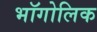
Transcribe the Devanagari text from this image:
भॉगोलिक